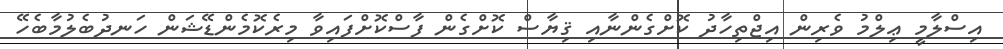
އިސްލާމީ ޢިލްމު ވެރިން އިޖްތިހާދު ކޮށްގެންނާއި ޤިޔާސް ކޮށްގެން ފާސްކޮށްފައިވާ މިރެކޮމެންޑޭޝަން ހަނދުބެލުމާބެހޭ